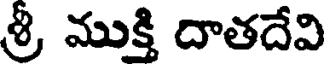
శ్రీ ముక్తి దాతదేవి